[Report on the health of British troops in the Madras command]
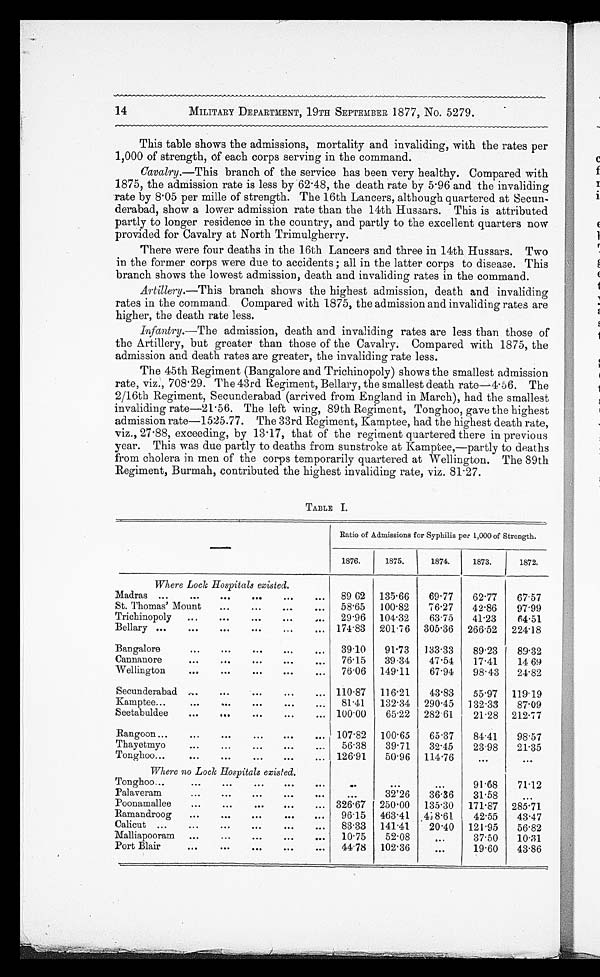
MILITARY DEPARTMENT, 19TH SEPTEMBER 1877, No. 5279.
This table shows the admissions, mortality and invaliding, with the rates per
1,000 of strength, of each corps serving in the command.
Cavalry.—This branch of the service has been very healthy. Compared with
1875, the admission rate is less by 62.48, the death rate by 5.96 and the invaliding
rate by 8.05 per mille of strength. The 16th Lancers, although quartered at Secun-
derabad, show a lower admission rate than the 14th Hussars. This is attributed
partly to longer residence in the country, and partly to the excellent quarters now
provided for Cavalry at North Trimulgherry.
There were four deaths in the 16th Lancers and three in 14th Hussars. Two
in the former corps were due to accidents ; all in the latter corps to disease. This
branch shows the lowest admission, death and invaliding rates in the command.
Artillery.—This branch shows the highest admission, death and invaliding
rates in the command. Compared with 1875, the admission and invaliding rates are
higher, the death rate less.
Infantry.—The admission, death and invaliding rates are less than those of
the Artillery, but greater than those of the Cavalry. Compared with 1875, the
admission and death rates are greater, the invaliding rate less.
The 45th Regiment (Bangalore and Trichinopoly) shows the smallest admission
rate, viz., 708.29. The 43rd Regiment, Bellary, the smallest death rate—4.56. The
2/16th Regiment, Secunderabad (arrived from England in March), had the smallest
invaliding rate—21.56. The left wing, 89th Regiment, Tonghoo, gave the highest
admission rate—1525.77. The 33rd Regiment, Kamptee, had the highest death rate,
viz., 27.88, exceeding, by 13.17, that of the regiment quartered there in previous
year. This was due partly to deaths from sunstroke at Kamptee,—partly to deaths
from cholera in men of the corps temporarily quartered at Wellington. The 89th
Regiment, Burmah, contributed the highest invaliding rate, viz. 81.27.
TABLE I.
—
Ratio of Admissions for Syphilis per 1,000 of Strength.
1876.
1875.
1874.
1873.
1872,
Where Lock Hospitals existed.
Madras . . .
89 62
135.66
69.77
62.77
67.57
St. Thomas' Mount . . .
58.65
100.82
76.27
42.86
97.99
Trichinopoly . . .
29.96
104.32
63.75
41.23
64.51
Bellary . . . 174.83
201.76
305.36
266.52
224.18
Bangalore . . .
39.10
91.73
133.33
89.23
89.32
Cannanore . . .
76.15
39.34
47.54
17.41
14.69
Wellington . . .
76.06
149.11
67.94
98.43
24.82
Secunderabad . . . 110.87
116.21
43.83
55.97
119.19
Kamptee . . .
81.41
132.34
290.45
132.33
87.09
Seetabuldee . . . 100.00
65.22
282.61
21.28
212.77
Rangoon . . . 107.82
100.65
65.37
84.41
98.57
Thayetmyo . . .
56.38
39.71
32.45
23.98
21.35
Tonghoo . . . 126.91
50.96
114.76
. . .
. . .
Where no Lock Hospitals existed.
Tonghoo . . .
. . .
. . .
. . .
91.68
71.12
Palaveram . . .
. . .
32'26
36.36
31.58
. . .
Poonamallee . . . 326.67
250.00
135.30
171.87
285.71
Ramandroog . . .
96.15
463.41
4 1 8 . 6 1
42.55
43.47
Calicut . . .
83 . 33
141.41
20.40
121.95
56.82
Malliapooram . . .
10.75
52.08
. . .
37.50
10.31
Port Blair . . .
44.78 102.36
. . .
19.60
43.86
14